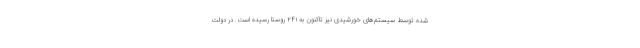
شده توسط سیستم‌های خورشیدی نیز تاکنون به ۲۴۱ روستا رسیده است. در دولت